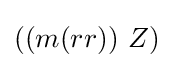
((m(rr))\ Z)